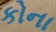
કોના